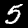
Label: 5